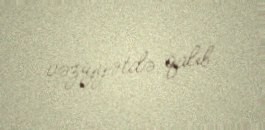
vəziyyətdə qalıb.